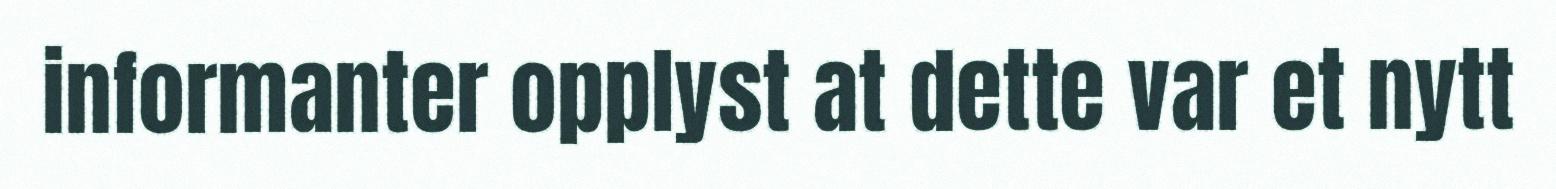
informanter opplyst at dette var et nytt